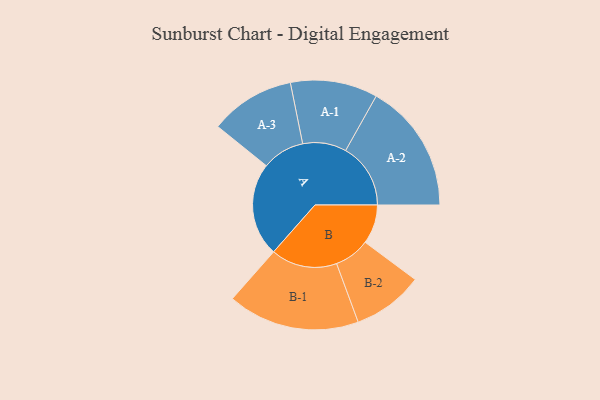
{"axis": {"x": "Segment", "y": "Value"}, "legend": ["", "A", "B"], "data": [{"x": "A", "y": 425, "type": ""}, {"x": "B", "y": 178, "type": ""}, {"x": "A-1", "y": 198, "type": "A"}, {"x": "A-2", "y": 295, "type": "A"}, {"x": "A-3", "y": 193, "type": "A"}, {"x": "B-1", "y": 300, "type": "B"}, {"x": "B-2", "y": 161, "type": "B"}]}